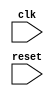
module timing_control_and_sync (
    input wire clk,     // Clock signal
    input wire reset,   // Reset signal

    // Add any necessary input/output signals here

);

    // Insert code for FIFO buffers and handshaking logic here

endmodule